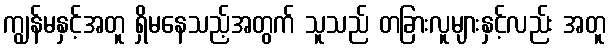
ကျွန်မနှင့်အတူ ရှိမနေသည့်အတွက် သူသည် တခြားလူများနှင့်လည်း အတူ